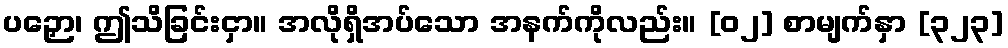
ပဉှော၊ ဤသိခြင်းငှာ။ အလိုရှိအပ်သော အနက်ကိုလည်း။ [၀၂] စာမျက်နှာ [၃၂၃]